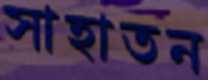
সাহাতন